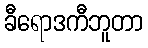
ခီရောဒကီဘူတာ